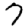
Digit: 7